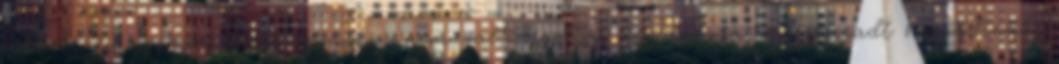
jobboldali agymosószerre immunís, nem vált bigottá, demagóggá, megmaradt higgadtnak,